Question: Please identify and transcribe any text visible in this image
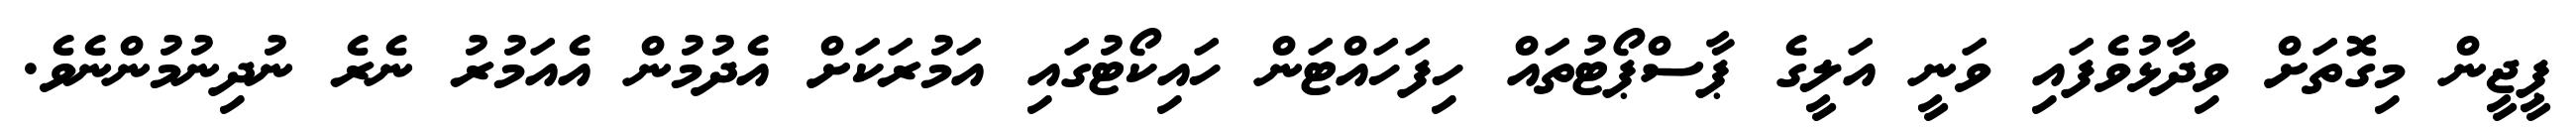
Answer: ޕީޖީން މިގޮތަށް ވިދާޅުވެފައި ވަނީ އަލީގެ ޕާސްޕޯޓުތައް ހިފަހައްޓަން ހައިކޯޓުގައި އަމުރަކަށް އެދުމުން އެއަމުރު ނެރެ ނުދިނުމުންނެވެ.